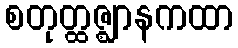
စတုတ္ထဇ္ဈာနကထာ